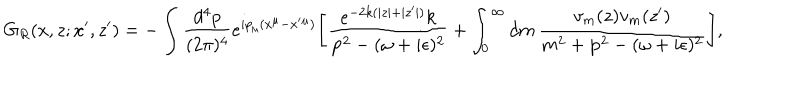
LaTeX: G _ { R } ( x , z ; x ^ { \prime } , z ^ { \prime } ) = - \int \frac { d ^ { 4 } p } { ( 2 \pi ) ^ { 4 } } e ^ { i p _ { \mu } ( x ^ { \mu } - x ^ { \prime } { } ^ { \mu } ) } \Biggl [ \frac { e ^ { - 2 k ( | z | + | z ^ { \prime } | ) } k } { { \bf p } ^ { 2 } - ( \omega + i \epsilon ) ^ { 2 } } + \int _ { 0 } ^ { \infty } d m \, \frac { v _ { m } ( z ) v _ { m } ( z ^ { \prime } ) } { m ^ { 2 } + { \bf p } ^ { 2 } - ( \omega + i \epsilon ) ^ { 2 } } \Biggr ] ,